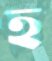
হ